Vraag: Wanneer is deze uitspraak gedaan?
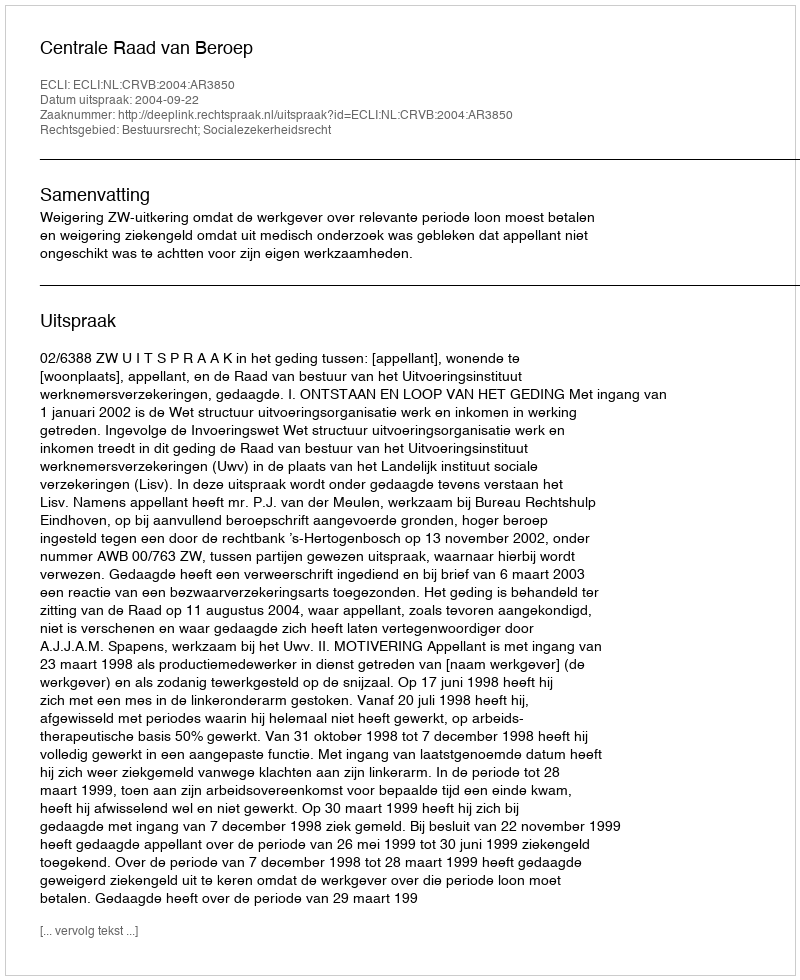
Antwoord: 2004-09-22